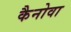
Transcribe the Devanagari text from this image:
कैनोवा